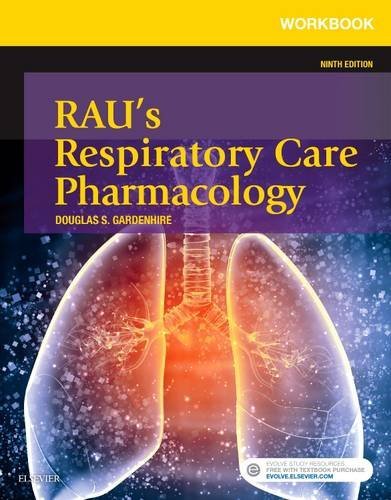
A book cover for Workbook for Rau's Respiratory Care Pharmacology, 9e; Douglas S. Gardenhire EdD  RRT-NPS  FAARC; Medical Books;